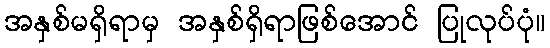
အနှစ်မရှိရာမှ အနှစ်ရှိရာဖြစ်အောင် ပြုလုပ်ပုံ။